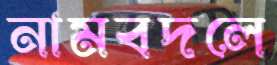
নামবদলে